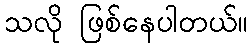
သလို ဖြစ်နေပါတယ်။